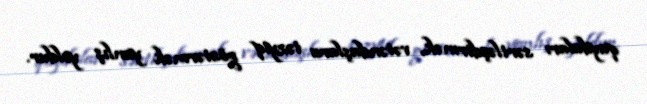
qaydaları sərtləşdirmək, vətəndaşlara təzyiq göstərmək yanlış yoldur.